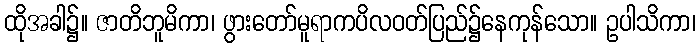
ထိုအခါ၌။ ဇာတိဘူမိကာ၊ ဖွားတော်မူရာကပိလဝတ်ပြည်၌နေကုန်သော။ ဥပါသိကာ၊